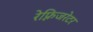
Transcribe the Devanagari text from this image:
रेफ़्रिजरेटर